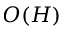
O ( H )